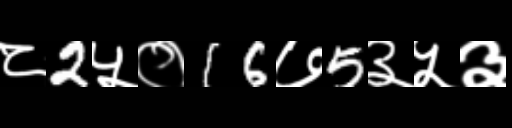
Text: ८2५०16७5३५३